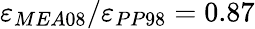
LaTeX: \varepsilon_{MEA08}/\varepsilon_{PP98}=0.87